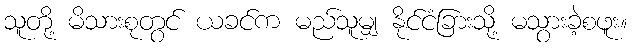
သူတို့ မိသားစုတွင် ယခင်က မည်သူမျှ နိုင်ငံခြားသို့ မသွားခဲ့စဖူး။